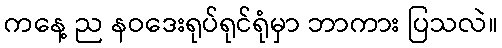
ကနေ့ ည နဝဒေးရုပ်ရုင်ရုံမှာ ဘာကား ပြသလဲ။